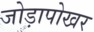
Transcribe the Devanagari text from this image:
जोड़ापोखर